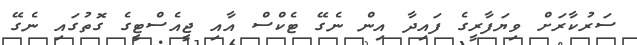
ސަރުކާރަށް ވިޔަފާރީގެ ފައިދާ އިން ނެގޭ ޓެކްސް އާއި ޖީއެސްޓީގެ ގޮތުގައި ނެގޭ